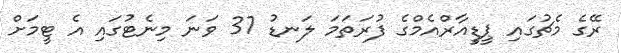
ރޭގެ މެޗުގައި ޕީޑީއާރްއެމްގެ ފުރަތަމަ ލަނޑު 37 ވަނަ މިނެޓުގައި އެ ޓީމަށް